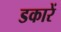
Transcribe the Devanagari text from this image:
डकारें